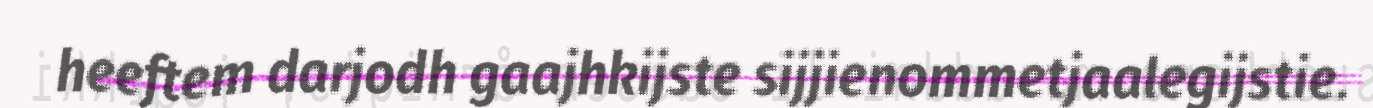
heeftem darjodh gaajhkijste sijjienommetjaalegijstie.